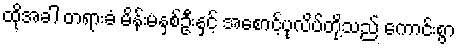
ထိုအခါ တရားခံ မိန်းမနှစ်ဦးနှင့် အစောင့်ပုလိပ်တို့သည် ကောင်းစွာ